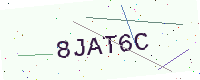
Text: 8JAT6C